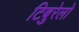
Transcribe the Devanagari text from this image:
टिबुरेलो